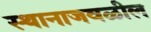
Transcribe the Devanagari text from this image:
स्थानाजवळील